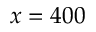
x = 4 0 0